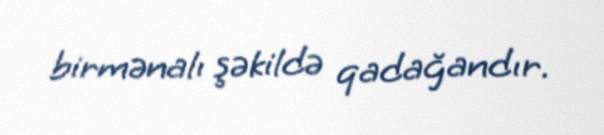
birmənalı şəkildə qadağandır.